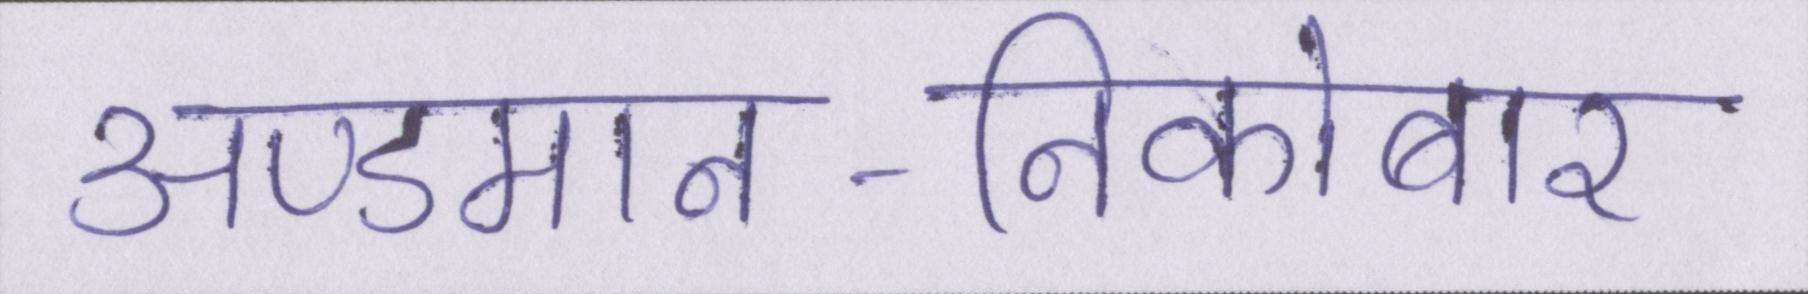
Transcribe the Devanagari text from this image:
अण्डमान-निकोबार